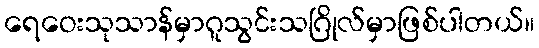
ရေဝေးသုသာန်မှာဂူသွင်းသဂြိုလ်မှာဖြစ်ပါတယ်။